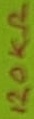
Text: 120Ω